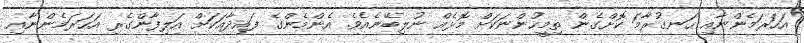
އަހަރަމެންނާއި ހަނގުރާމަ ކޮށްގެން ތިމީހުންނަކަށް މޮޅެއް ނުލިބޭނެއެވެ. އެންމެންގެ ފައިދާއަކަށް އަލިފާންގެރި އަހަރަމެންނާއި